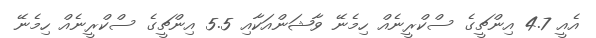
އެއީ 4.7 އިންޗީގެ ސްކްރީނެއް ހިމެނޭ ވާޝަންއަކާއި 5.5 އިންޗީގެ ސްކްރީނެއް ހިމެނޭ